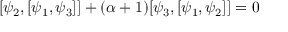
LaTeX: [ \psi _ { 2 } , [ \psi _ { 1 } , \psi _ { 3 } ] ] + ( \alpha + 1 ) [ \psi _ { 3 } , [ \psi _ { 1 } , \psi _ { 2 } ] ] = 0